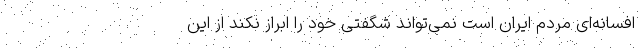
افسانه‌ای مردم ایران است نمی‌تواند شگفتی خود را ابراز نکند از این